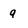
Character: q